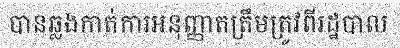
បានឆ្លងកាត់ការអនុញ្ញាតត្រឹមត្រូវពីរដ្ឋបាល